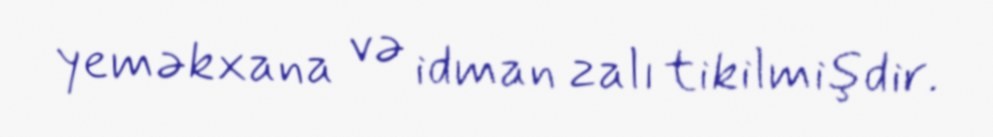
yeməkxana və idman zalı tikilmişdir.